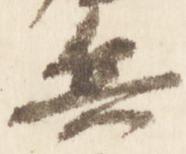
兵